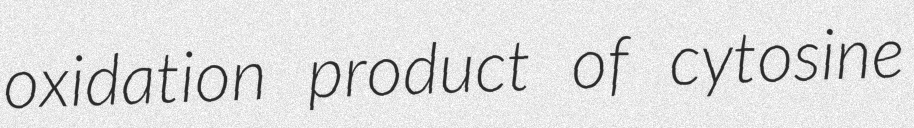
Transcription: oxidation product of cytosine